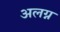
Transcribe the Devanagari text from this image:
अलग्न